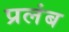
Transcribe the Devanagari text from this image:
प्रलंब